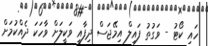
ހައި ކޯޓު - ވަގުތު ފައިލް އިމޭޖަސް ދިފާއީ ވަކީލަށް ވާހަކަ ދެއްކުމަށް